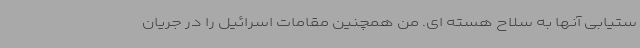
ستیابی آنها به سلاح هسته ای. من همچنین مقامات اسرائیل را در جریان